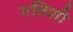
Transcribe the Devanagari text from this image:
गतिशी